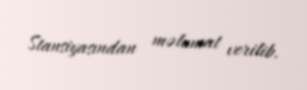
Stansiyasından məlumat verilib.